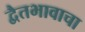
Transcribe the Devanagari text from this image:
द्वैतभावाचा